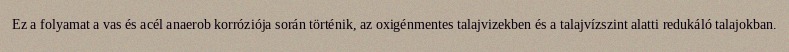
Ez a folyamat a vas és acél anaerob korróziója során történik, az oxigénmentes talajvizekben és a talajvízszint alatti redukáló talajokban.